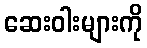
ဆေးဝါးများကို